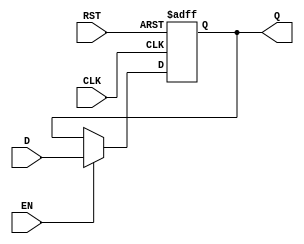
module pipeline_buffer #(
    parameter WIDTH = 8  // Parameter for the width of the data
)(
    input wire [WIDTH-1:0] D,   // Data Input
    input wire CLK,              // Clock Input
    input wire EN,               // Enable Signal
    input wire RST,              // Asynchronous Reset
    output reg [WIDTH-1:0] Q     // Data Output
);

// Sequential logic for the pipeline buffer
always @(posedge CLK or posedge RST) begin
    if (RST) begin
        Q <= {WIDTH{1'b0}};  // Reset output to 0
    end else if (EN) begin
        Q <= D;              // Capture data when EN is high
    end
    // If EN is low, retain the previous value of Q
end

endmodule